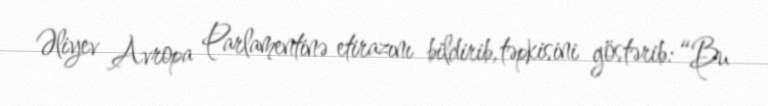
Əliyev Avropa Parlamentinə etirazını bildirib, təpkisini göstərib: “Bu